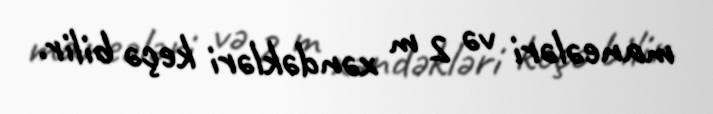
maneələri və 2 m xəndəkləri keçə bilir.